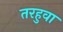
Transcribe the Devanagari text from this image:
तरहुवा